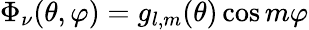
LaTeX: \Phi_{\nu}(\theta,\varphi)=g_{l,m}(\theta)\cos{m\varphi}